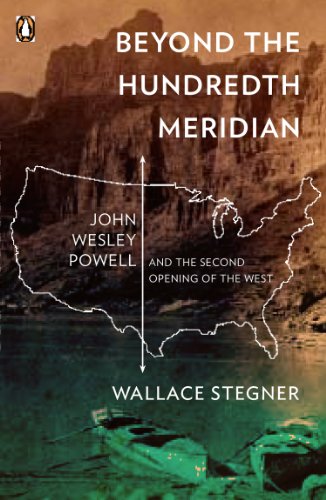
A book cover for Beyond the Hundredth Meridian: John Wesley Powell and the Second Opening of the West; Wallace Stegner; Biographies & Memoirs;